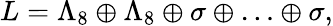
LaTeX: L=\Lambda_{8}\oplus\Lambda_{8}\oplus\sigma\oplus\ldots\oplus\sigma,